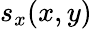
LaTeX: s_{x}(x,y)